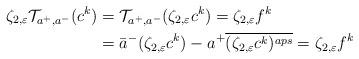
LaTeX: \begin{align*}\zeta_{2,\varepsilon}\mathcal{T}_{a^+,a^-}(c^k)&=\mathcal{T}_{a^+,a^-}(\zeta_{2,\varepsilon}c^k)=\zeta_{2,\varepsilon}f^k\\&= \bar{a}^-(\zeta_{2,\varepsilon}c^k)-a^+\overline{(\zeta_{2,\varepsilon}c^k)^{aps}}=\zeta_{2,\varepsilon}f^k\end{align*}